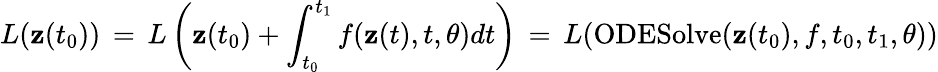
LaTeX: L(\mathbf{z}(t_{0}))\, =\, L\left(\mathbf{z}(t_{0})+\int_{t_{0}}^{t_{1}}f(\mathbf{z}(t),t,\theta)dt\right)\, =\, L(\mathrm{ODESolve}(\mathbf{z}(t_{0}),f,t_{0},t_{1},\theta))